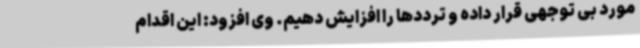
مورد بی توجهی قرار داده و ترددها را افزایش دهیم. وی افزود: این اقدام